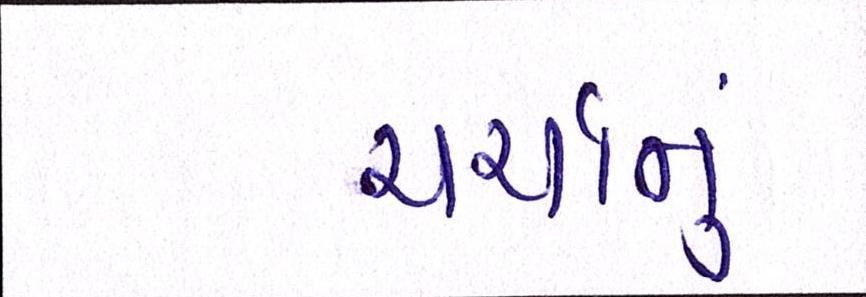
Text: ચર્ચાનું